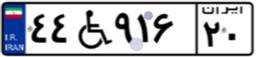
۶۰W۹۹۰۹۲